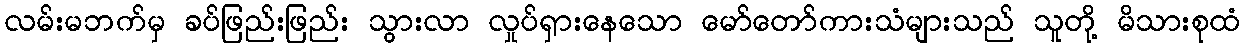
လမ်းမဘက်မှ ခပ်ဖြည်းဖြည်း သွားလာ လှုပ်ရှားနေသော မော်တော်ကားသံများသည် သူတို့ မိသားစုထံ